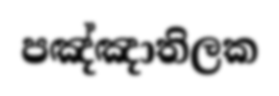
පඤ්ඤාතිලක